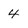
Character: 4